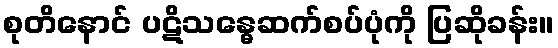
စုတိနောင် ပဋိသန္ဓေဆက်စပ်ပုံကို ပြဆိုခန်း။